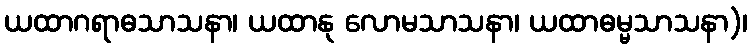
ယထာဂရာဓသာသနာ၊ ယထာနု လောမသာသနာ၊ ယထာဓမ္မသာသနာ)၊